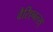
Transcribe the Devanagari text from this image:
वैरिएबल्स्